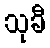
သုခီ